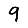
Digit: 9